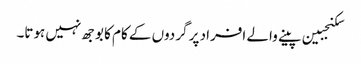
سکنجبین پینے والے افراد پر گردوں کے کام کا بوجھ نہیں ہوتا۔